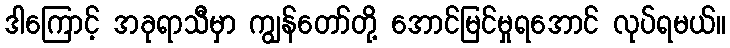
ဒါကြောင့် အခုရာသီမှာ ကျွန်တော်တို့ အောင်မြင်မှုရအောင် လုပ်ရမယ်။